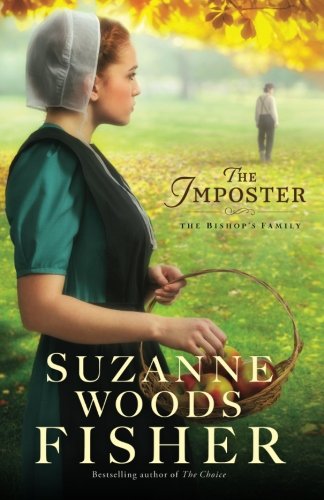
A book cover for The Imposter: A Novel (The Bishop's Family); Suzanne Woods Fisher; Romance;